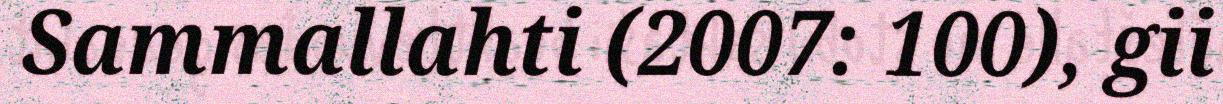
Sammallahti (2007: 100), gii